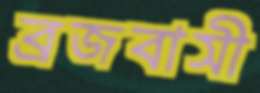
ব্রজবাসী